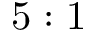
5 : 1